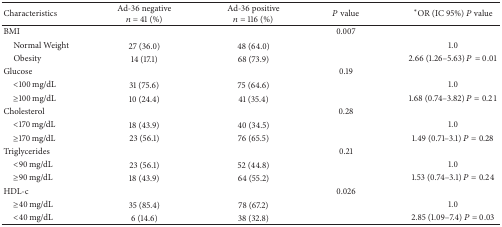
<table><thead><tr><td><b>Characteristics</b></td><td><b>Ad-36 negative<i>n</i> = 41 (%)</b></td><td><b>Ad-36 positive<i>n</i> = 116 (%)</b></td><td><b><i>P</i> value</b></td><td><b>*OR (IC 95%) <i>P</i> value</b></td></tr></thead><tbody><tr><td>BMI</td><td> </td><td> </td><td>0.007</td><td> </td></tr><tr><td> Normal Weight</td><td>27 (36.0)</td><td>48 (64.0)</td><td> </td><td>1.0</td></tr><tr><td> Obesity</td><td>14 (17.1)</td><td>68 (73.9)</td><td> </td><td>2.66 (1.26–5.63) <i>P</i> = 0.01</td></tr><tr><td>Glucose</td><td> </td><td> </td><td>0.19</td><td> </td></tr><tr><td> &lt;100 mg/dL</td><td>31 (75.6)</td><td>75 (64.6)</td><td> </td><td>1.0</td></tr><tr><td> ≥100 mg/dL</td><td>10 (24.4)</td><td>41 (35.4)</td><td> </td><td>1.68 (0.74–3.82) <i>P</i> = 0.21</td></tr><tr><td>Cholesterol </td><td> </td><td> </td><td>0.28</td><td> </td></tr><tr><td> &lt;170 mg/dL</td><td>18 (43.9)</td><td>40 (34.5)</td><td> </td><td>1.0</td></tr><tr><td> ≥170 mg/dL</td><td>23 (56.1)</td><td>76 (65.5)</td><td> </td><td>1.49 (0.71–3.1) <i>P</i> = 0.28</td></tr><tr><td>Triglycerides</td><td> </td><td> </td><td>0.21</td><td> </td></tr><tr><td> &lt;90 mg/dL</td><td>23 (56.1)</td><td>52 (44.8)</td><td> </td><td>1.0</td></tr><tr><td> ≥90 mg/dL</td><td>18 (43.9)</td><td>64 (55.2)</td><td> </td><td>1.53 (0.74–3.1) <i>P</i> = 0.24</td></tr><tr><td>HDL-c</td><td> </td><td> </td><td>0.026</td><td> </td></tr><tr><td> ≥40 mg/dL</td><td>35 (85.4)</td><td>78 (67.2)</td><td> </td><td>1.0</td></tr><tr><td> &lt;40 mg/dL</td><td>6 (14.6)</td><td>38 (32.8)</td><td> </td><td>2.85 (1.09–7.4) <i>P</i> = 0.03</td></tr></tbody></table>